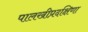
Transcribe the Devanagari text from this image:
पालखीप्रदक्षिणा